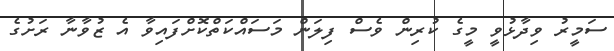
ސަމީރު ވިދާޅުވީ މީގެ ކުރިން ވެސް ފިލަން މަސައްކަތްކޮށްފައިވާ އެ ޒުވާނާ ރަށުގެ